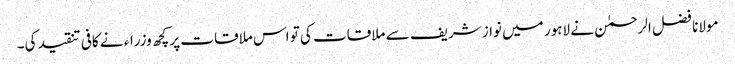
مولانا فضل الرحمٰن نے لاہور میں نواز شریف سے ملاقات کی تو اس ملاقات پر کچھ وزراء نے کافی تنقید کی۔